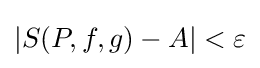
|S(P,f,g)-A|<\varepsilon